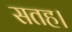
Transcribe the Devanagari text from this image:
सतह।